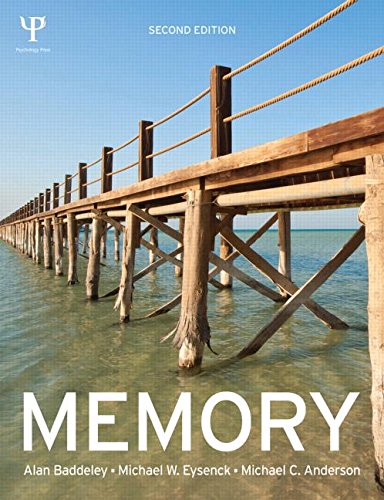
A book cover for Memory; Alan Baddeley; Self-Help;